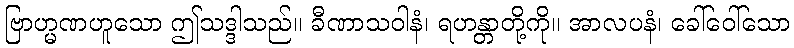
ဗြာဟ္မဏဟူသော ဤသဒ္ဒါသည်။ ခီဏာသဝါနံ၊ ရဟန္တာတို့ကို။ အာလပနံ၊ ခေါ်ဝေါ်သော